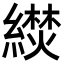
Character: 𬗼